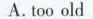
A.too old